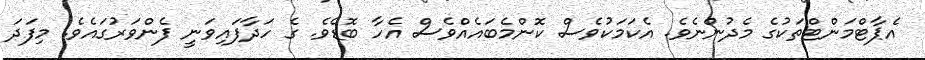
އެޕާޓްމަންޓްތަކުގެ މެދުންނެވެ. އެކަމަކުވެސް ކޮންމެބައެއްވެސް އެހާ ބޮޑެވެ. ގެ ހަދާފައިވަނީ ފެންވަރުގައެވެ. މިފަދަ